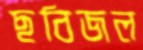
ছবিজল